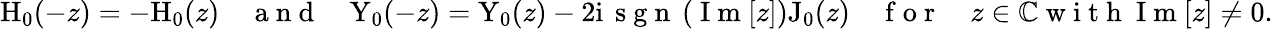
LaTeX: \begin{array}{r}{\mathrm{H}_{0}(-z)=-\mathrm{H}_{0}(z)\quad\mathrm{~a~n~d~}\quad\mathrm{Y}_{0}(-z)=\mathrm{Y}_{0}(z)-2\mathrm{i}\, \mathrm{~s~g~n~}\left(\mathrm{~I~m~}[z]\right)\mathrm{J}_{0}(z)\quad\mathrm{~f~o~r~}\quad z\in\mathbb{C}\mathrm{~w~i~t~h~}\mathrm{~I~m~}[z]\neq 0.}\end{array}